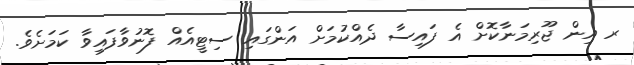
ރ އިން ޖޫރިމަނާކޮށް އެ ފައިސާ ދެއްކުމަށް އަންގައި ސިޓީއެއް ފޮނުވާފައިވާ ކަމަށެވެ.